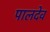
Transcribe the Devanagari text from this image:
पालदेव